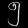
Digit: ၅